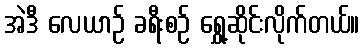
အဲဒီ လေယာဉ် ခရီးစဉ် ရွှေ့ဆိုင်းလိုက်တယ်။